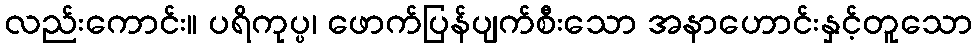
လည်းကောင်း။ ပရိကုပ္ပ၊ ဖောက်ပြန်ပျက်စီးသော အနာဟောင်းနှင့်တူသော